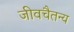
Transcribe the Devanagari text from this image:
जीवचैतन्य